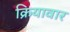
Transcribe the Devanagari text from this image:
क्रियावार